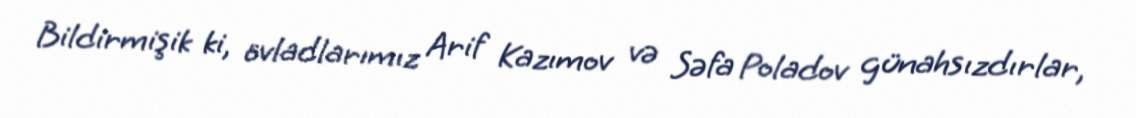
Bildirmişik ki, övladlarımız Arif Kazımov və Səfa Poladov günahsızdırlar,